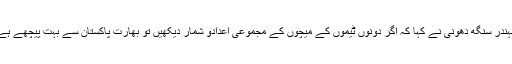
مہندر سنگھ دھونی نے کہا کہ اگر دونوں ٹیموں کے میچوں کے مجموعی اعدادو شمار دیکھیں تو بھارت پاکستان سے بہت پیچھے ہے۔